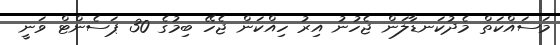
މަސައްކަތް މެދުކަނޑާލަން ޖެހުނު އިރު ހިއްކަން ޖެހޭ ބިމުގެ 30 ޕަސެންޓް ވަނީ